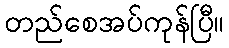
တည်စေအပ်ကုန်ပြီ။